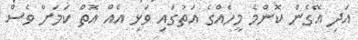
އަދި އޭގެން ކޮންމެ މީހެއްގެ އަތުގައި ވަޅި އެއް އޮތް ކަމަށް ވެސް